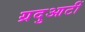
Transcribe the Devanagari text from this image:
ग्रदुआटीं